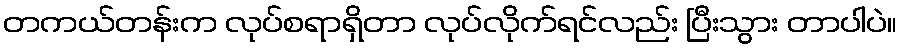
တကယ်တန်းက လုပ်စရာရှိတာ လုပ်လိုက်ရင်လည်း ပြီးသွား တာပါပဲ။